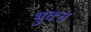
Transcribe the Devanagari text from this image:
भुक्‍त